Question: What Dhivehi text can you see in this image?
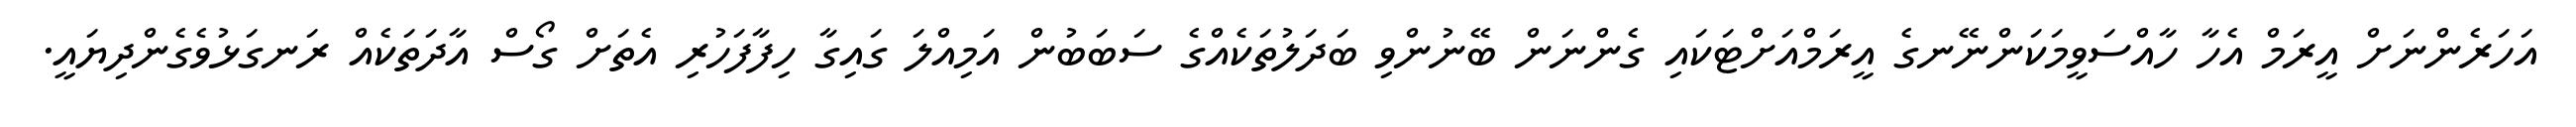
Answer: އަހަރެންނަށް އީރަމް އެހާ ހާއްސަވީމަކަންނޭނގެ އީރަމްއަށްޓަކައި ގެންނަން ބޭނުންވި ބަދަލުތަކެއްގެ ސަބަބުން އަމިއްލަ ގައިގާ ހިފާފަހުރި އެތަށް ގޯސް އާދަތަކެއް ރަނގަޅުވެގެންދިޔައީ.